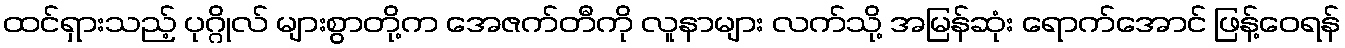
ထင်ရှားသည့် ပုဂ္ဂိုလ် များစွာတို့က အေဇက်တီကို လူနာများ လက်သို့ အမြန်ဆုံး ရောက်အောင် ဖြန့်ဝေရန်